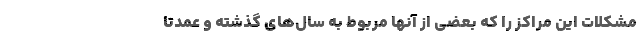
مشکلات این مراکز را که بعضی از آنها مربوط به سال‌های گذشته و عمدتا